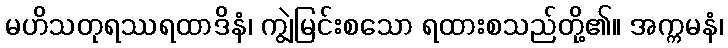
မဟိသတုရဿရထာဒိနံ၊ ကျွဲမြင်းစသော ရထားစသည်တို့၏။ အက္ကမနံ၊